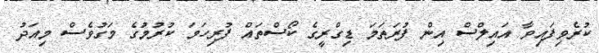
ކުރެވިފައިވާ އައިލްސް އިން ފުރަތަމަ ޑިގްރީގެ ކޯސްތައް ފުރިހަމަ ކުރުމުގެ މަގުވެސް މިއަދު